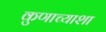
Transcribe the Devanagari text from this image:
कुणाच्याशा